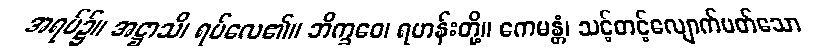
အရပ်၌။ အဋ္ဌာသိ၊ ရပ်လေ၏။ ဘိက္ခဝေ၊ ရဟန်းတို့။ ဧကမန္တံ၊ သင့်တင့်လျောက်ပတ်သော